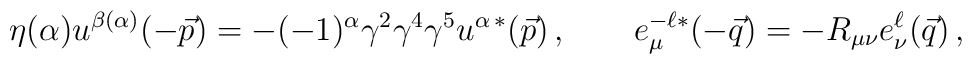
\eta(\alpha) u^{\beta(\alpha)}(-\vec{p}) = -(-1)^\alpha \gamma^2 \gamma^4 \gamma^5 u^{\alpha\,*}(\vec{p}) \,, \qquad     e^{-\ell*}_\mu (-\vec{q}) = - R_{\mu\nu} e^\ell_\nu(\vec{q}) \,,